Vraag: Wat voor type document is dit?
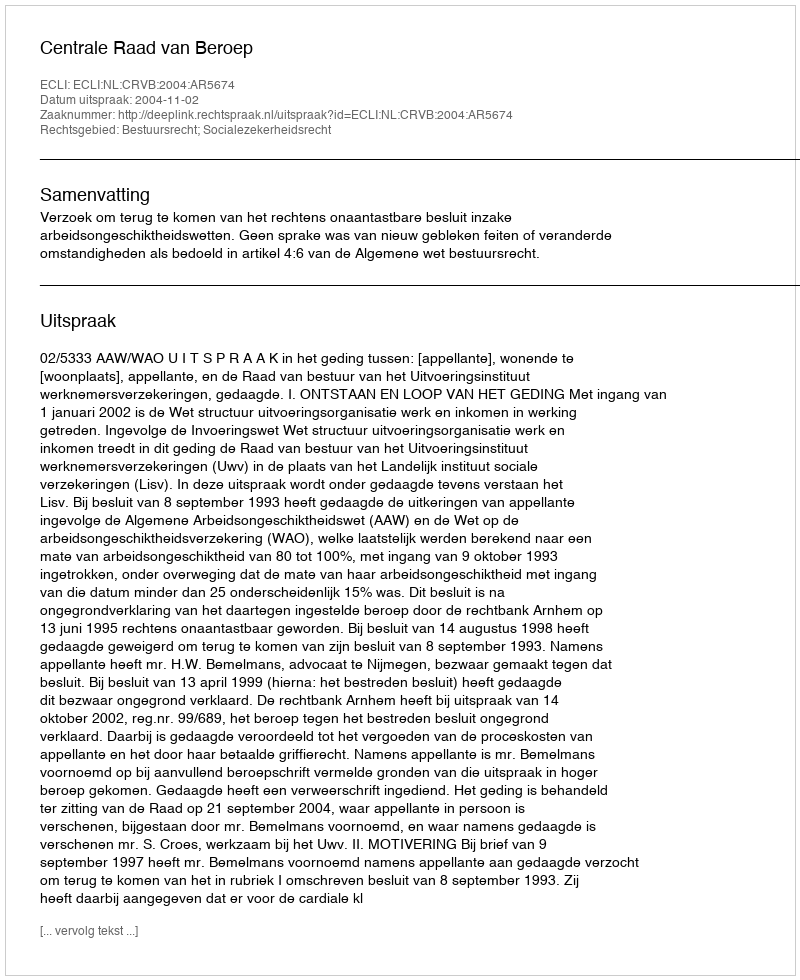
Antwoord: Uitspraak